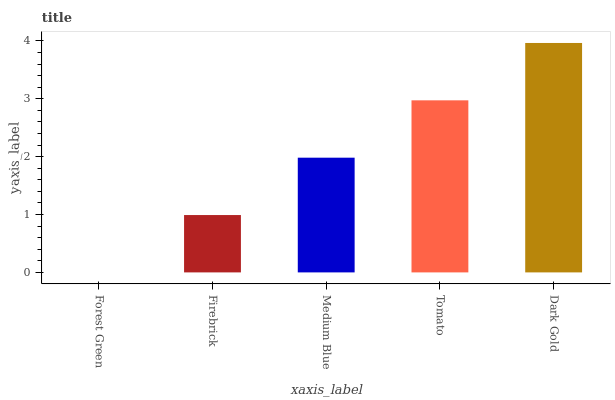
| xaxis_label | bars |
 | --- | --- |
 | Forest Green | 0 |
 | Firebrick | 0.991 |
 | Medium Blue | 1.98 |
 | Tomato | 2.97 |
 | Dark Gold | 3.96 |